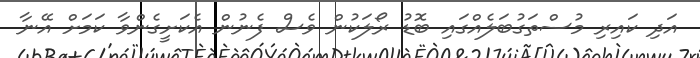
އަދި ކައިރި މުސްތަގުބަލެއްގައި ބޮޑު ރޯލަކުން ވެސް ފެނުން އެކަށީގެންވާ ކަމަށް އޭނާ